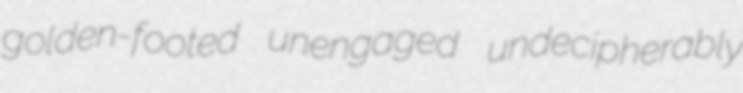
golden-footed unengaged undecipherably